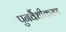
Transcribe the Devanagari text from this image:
पुनर्वैधीकरण